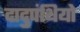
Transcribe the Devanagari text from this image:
दादुपंथियो